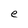
Character: e